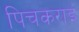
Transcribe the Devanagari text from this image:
पिचकराइं